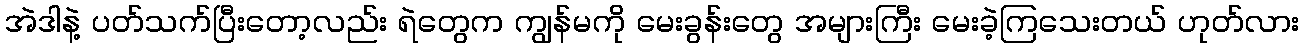
အဲဒါနဲ့ ပတ်သက်ပြီးတော့လည်း ရဲတွေက ကျွန်မကို မေးခွန်းတွေ အများကြီး မေးခဲ့ကြသေးတယ် ဟုတ်လား